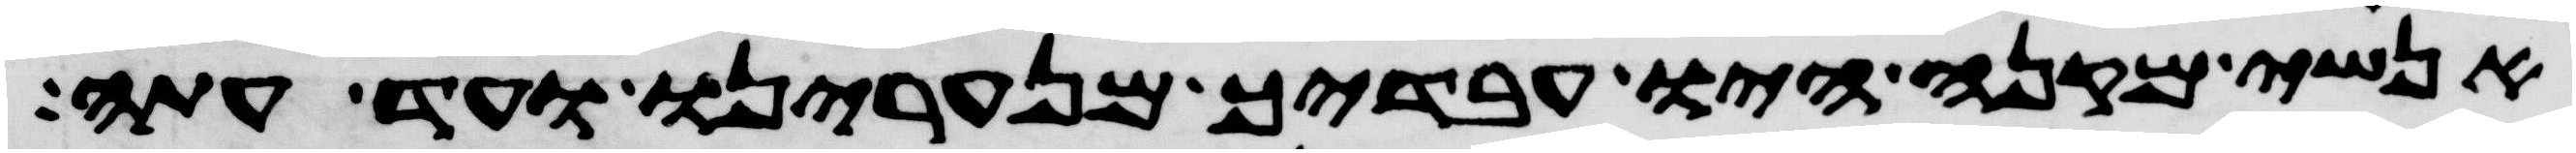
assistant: אנשי מקנה היו עבדיך מנערינו ועד עתה